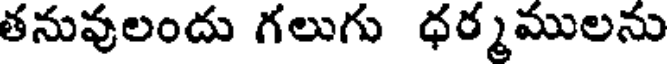
తనువులందు గలుగు ధర్మములను